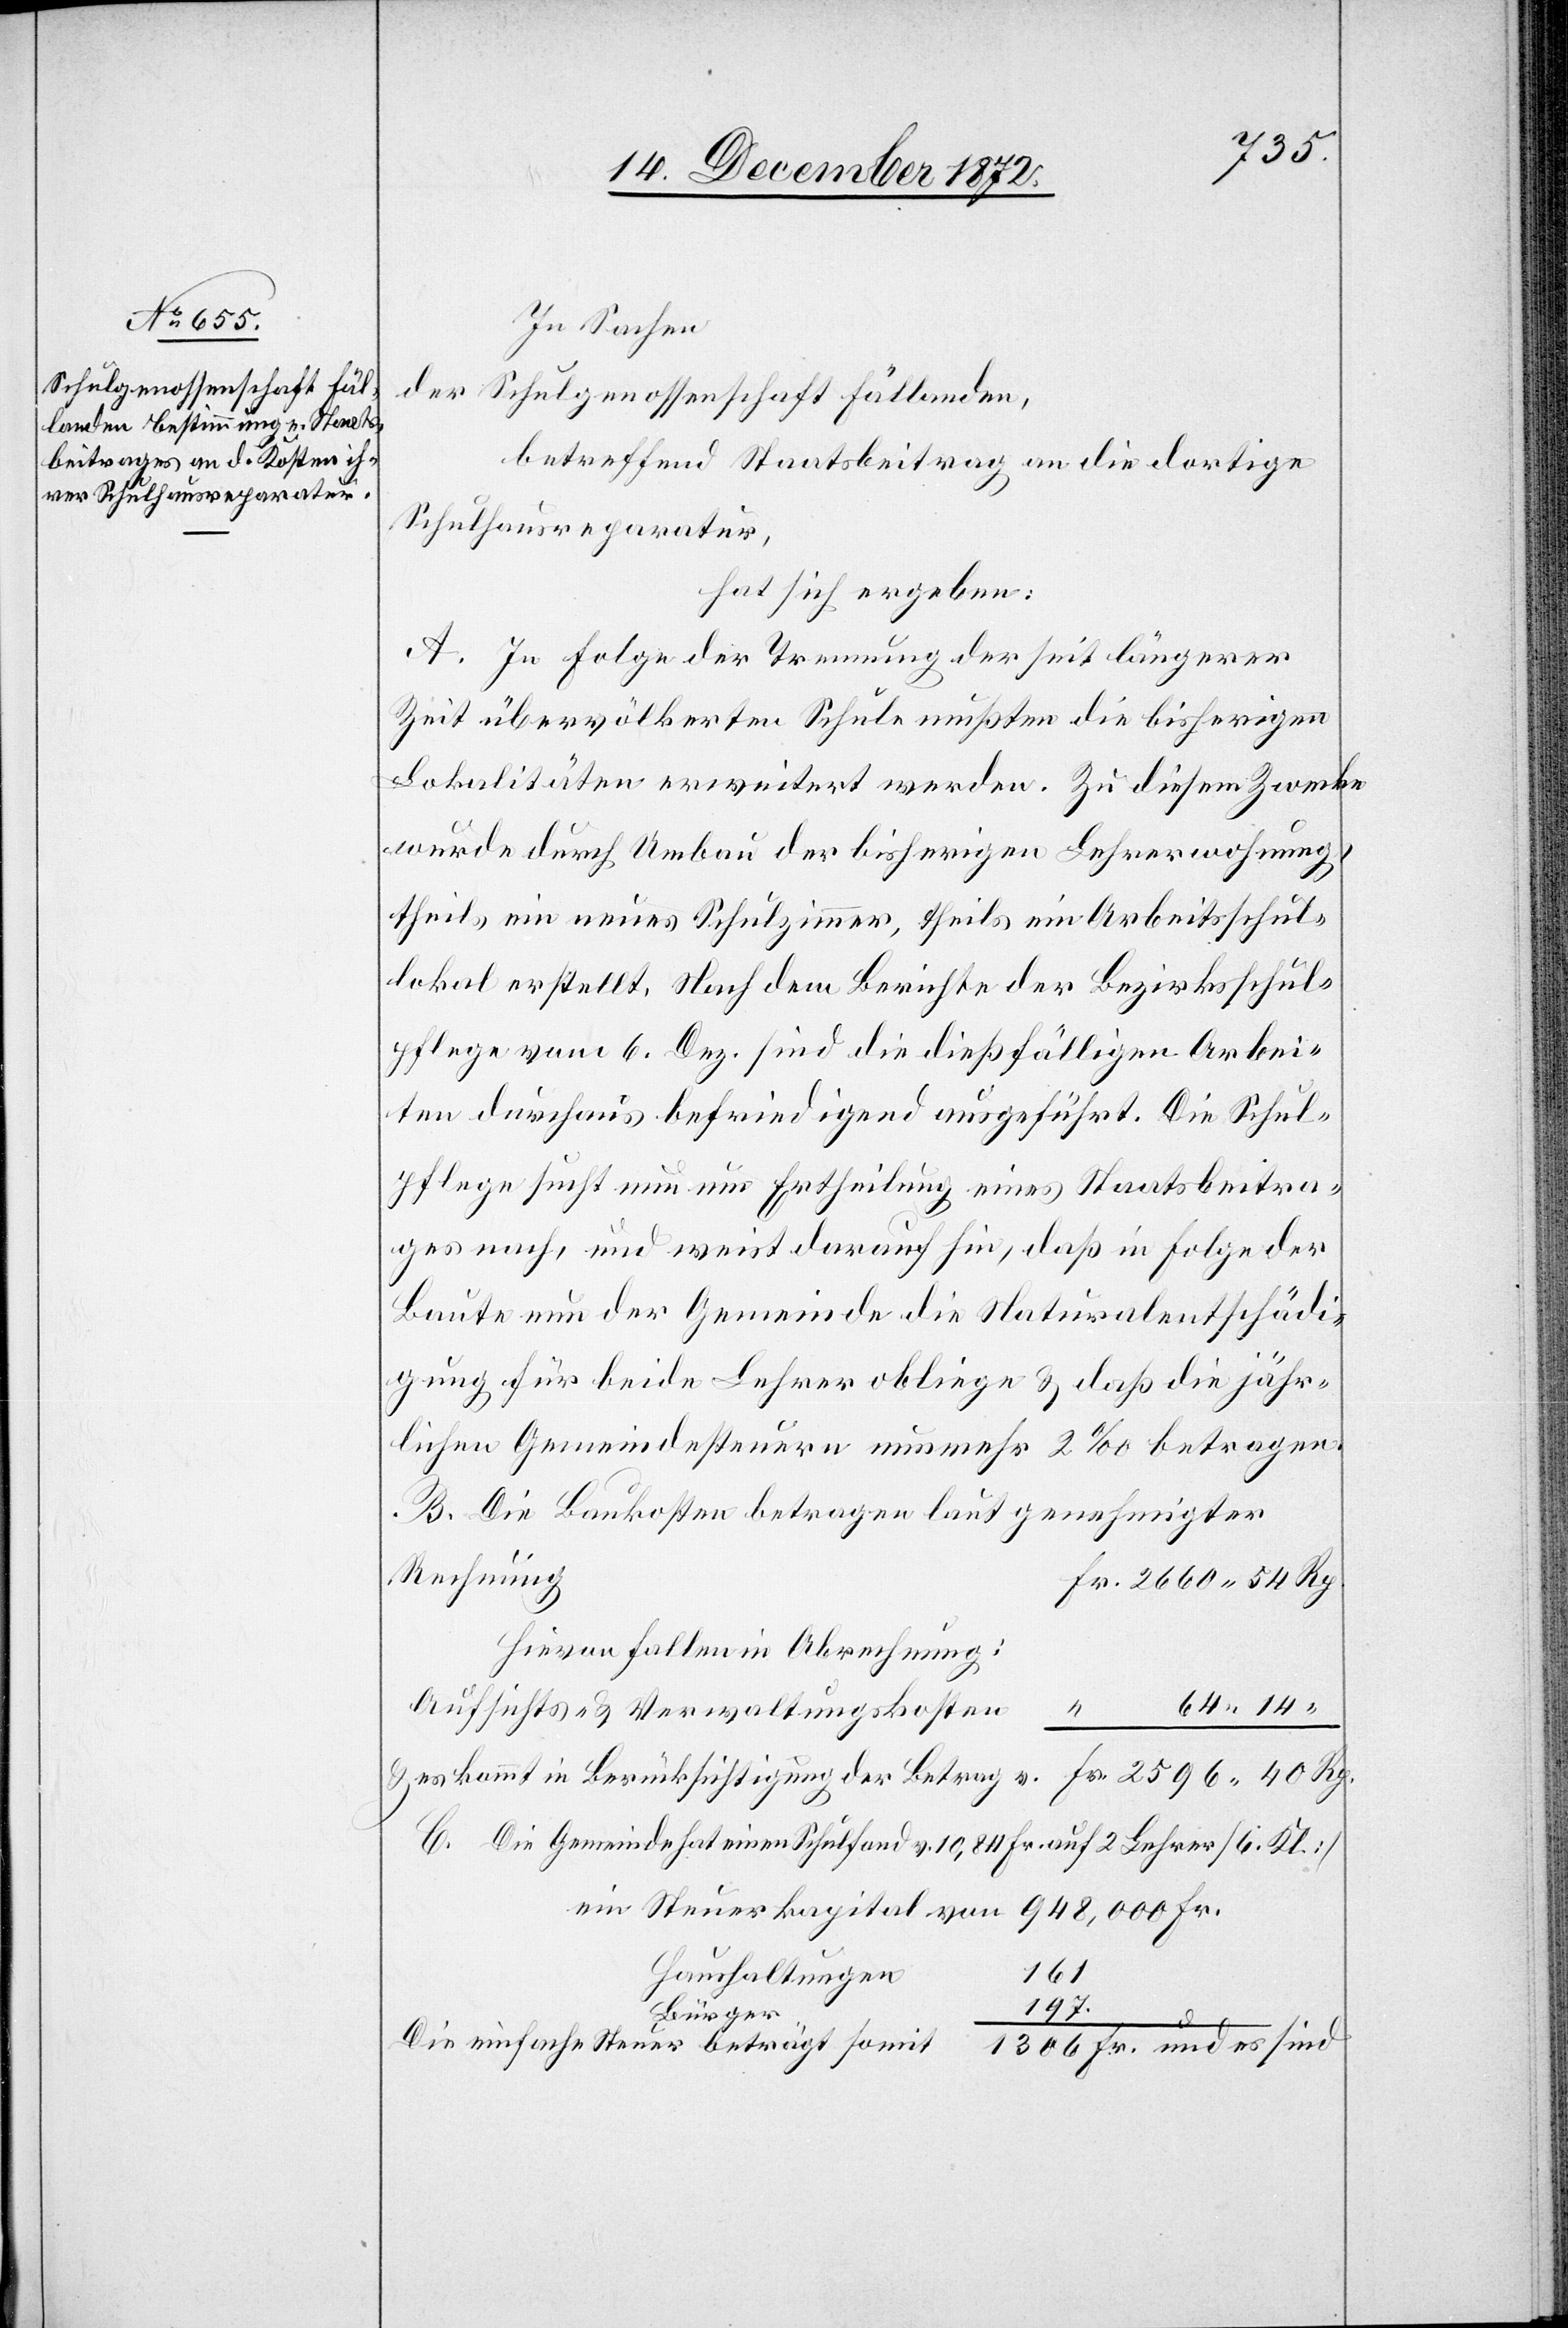
In Sachen
der Schulgenossenschaft Fällanden,
betreffend Staatsbeitrag an die dortige
Schulhausreparatur,
hat sich ergeben:
A. In Folge der Trennung der seit längerer
Zeit übervölkerten Schule mußten die bisherigen
Lokalitäten erweitert werden. Zu diesem Zwecke
wurde durch Umbau der bisherigen Lehrerwohnung
theils ein neues Schulzimmer, theils ein Arbeitsschul¬
lokal erstellt. Nach dem Berichte der Bezirksschul¬
pflege vom 6. Dez. sind die dießfälligen Arbei¬
ten durchaus befriedigend ausgeführt. Die Schul¬
pflege sucht nun um Ertheilung eines Staatsbeitra¬
ges nach, und weist darauf hin, daß in Folge der
Baute nun der Gemeinde die Naturalentschädi¬
gung für beide Lehrer obliege u. das die jähr¬
lichen Gemeindesteuern nunmehr 2‰ betragen.
B. Die Baukosten betragen laut genehmigter
Rechnung
Hievon fallen in Abrechnung:
64 14
Aufsichts- u. Verwaltungskosten
u.
es kommt in Berücksichtigung der Betrag v.
2596 40 Rp.
C. Die Gemeinde hat einen Schulfond v. 10,84 Fr. auf 2 Lehrer [6. Kl.]
Haushaltungen
161
197.
Bürger
sind
Die einfache Steuer beträgt somit